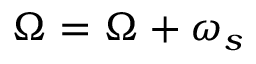
\Omega = \Omega + \omega _ { s }